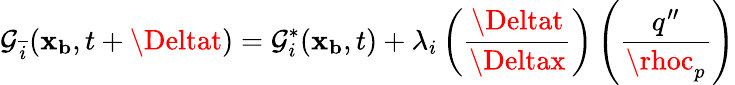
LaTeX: \mathcal{G}_{\overline{{{i}}}}(\mathbf{{x_{b}}},t+\Deltat)=\mathcal{G}_{i}^{*}(\mathbf{{x_{b}}},t)+\lambda_{i}\left(\frac{{\Deltat}}{{\Deltax}}\right)\left(\frac{{q^{\prime\prime}}}{{\rhoc_{p}}}\right)